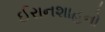
ઈરાનશાહનો